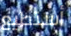
أستطيع